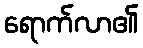
ရောက်လာ၏